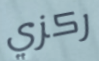
ركزي